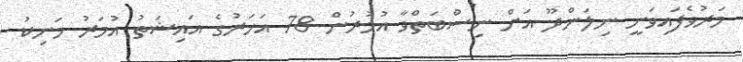
މަރުވެފައިވަނީ ނިލަންދޫ އަށް ނިސްބަތްވާ އުމުރުން 78 އަހަރުގެ އައިޝަތު އުމަރު މަނިކު